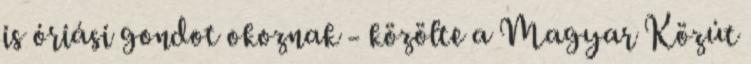
is óriási gondot okoznak - közölte a Magyar Közút